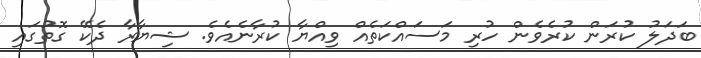
ބަދަލު ކުރަން ކުރެވެން ހުރި މަސައްކަތެއް ވިއްޔާ ކުރާނެއެވެ. ޝިޔާރާ ދެކޭ ގޮތުގައި